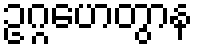
ဥဂ္ဂဟေတွာန